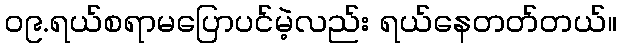
၀၉.ရယ်စရာမပြောပင်မဲ့လည်း ရယ်နေတတ်တယ်။